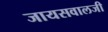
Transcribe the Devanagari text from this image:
जायसवालजी